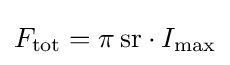
F_{\text{tot}}=\pi \,\mathrm {sr} \cdot I_{\max }